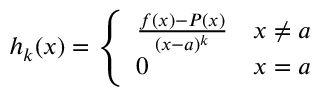
h _ { k } ( x ) = { \left\{ \begin{array} { l l } { { \frac { f ( x ) - P ( x ) } { ( x - a ) ^ { k } } } } & { x \not = a } \\ { 0 } & { x = a } \end{array} \right. }